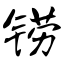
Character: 铹